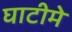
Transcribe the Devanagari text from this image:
घाटीमे